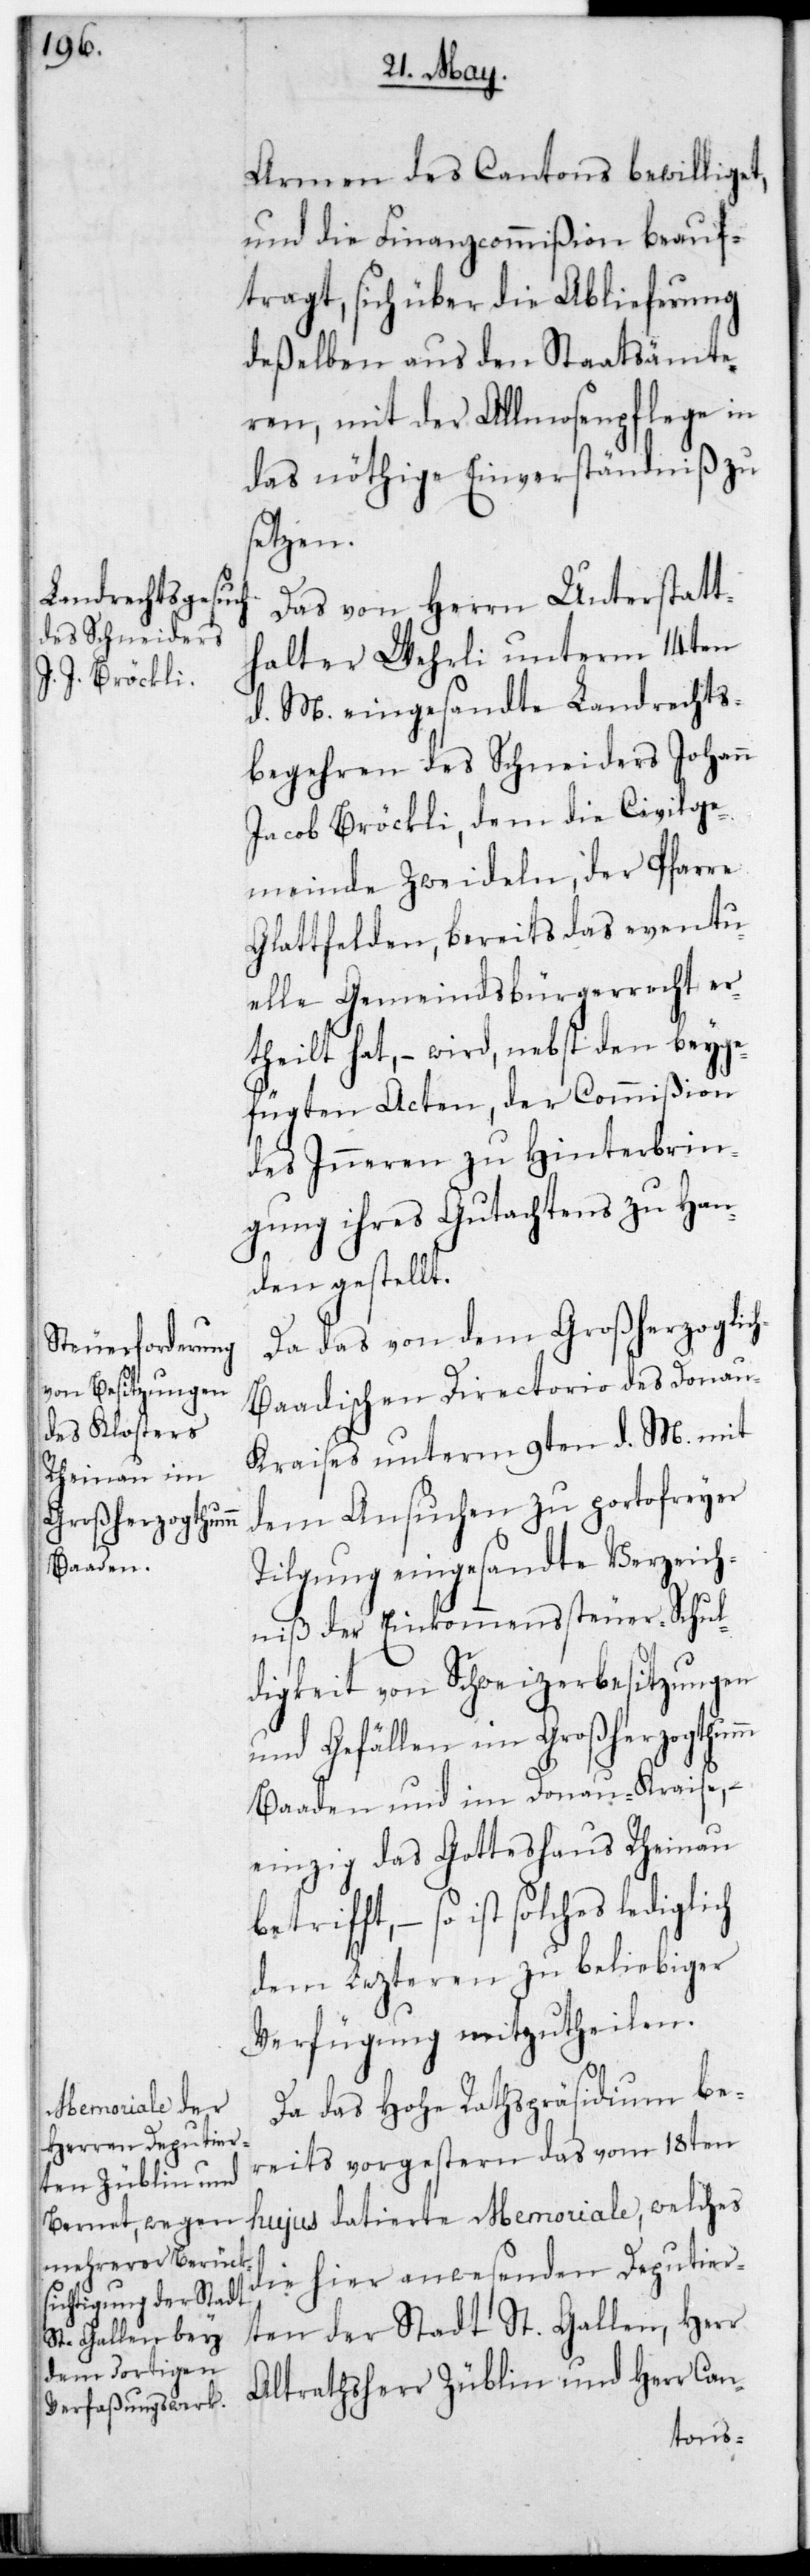
Armen des Cantons bewilliget,
und die Finanzcommißion beauf¬
tragt, sich über die Ablieferung
deßelben aus den Staatsämte¬
ren, mit der Allmosenpflege in
das nöthige Einverständniß zu
setzen.
Das von Herrn Unterstatt¬
halter Wehrli unterm 14ten
d. M. eingesandte Landrechts¬
begehren des Schneiders Johann
Jacob Bröckli, dem die Civilge¬
meinde Zweidlen, der Pfarre
Glattfelden, bereits das eventu¬
elle Gemeindsbürgerrecht er¬
theilt hat, – wird nebst den beyge¬
fügten Acten, der Commißion
des Inneren zu Hinterbrin¬
gung ihres Gutachtens zu Han¬
den gestellt.
Da das von dem Großherzoglic¬
h-Baadischen Directorio des Donau¬
kreises unterm 9ten d. M. mit
dem Ansuchen zu portofreier
Tilgung eingesandte Verzeich¬
niß der Einkommenssteuer-Schul¬
digkeit von Schweizer Besitzungen
und Gefällen im Großherzogthum
Baaden und im Donau-Kreise, –
einzig das Gotteshaus Rheinau
betrifft, – so ist solches
dem letzteren zu beliebiger
Verfügung mitzutheilen.
Da das Hohe Rathspräsidium be¬
reits vorgestern das vom 18ten
die hier anwesenden Deputier¬
ten der Stadt St. Gallen, Herr
Altrathsherr Züblin und Herr Can-